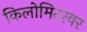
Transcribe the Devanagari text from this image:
किलोमिटरवर